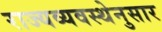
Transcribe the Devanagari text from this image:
राज्यव्यवस्थेनुसार